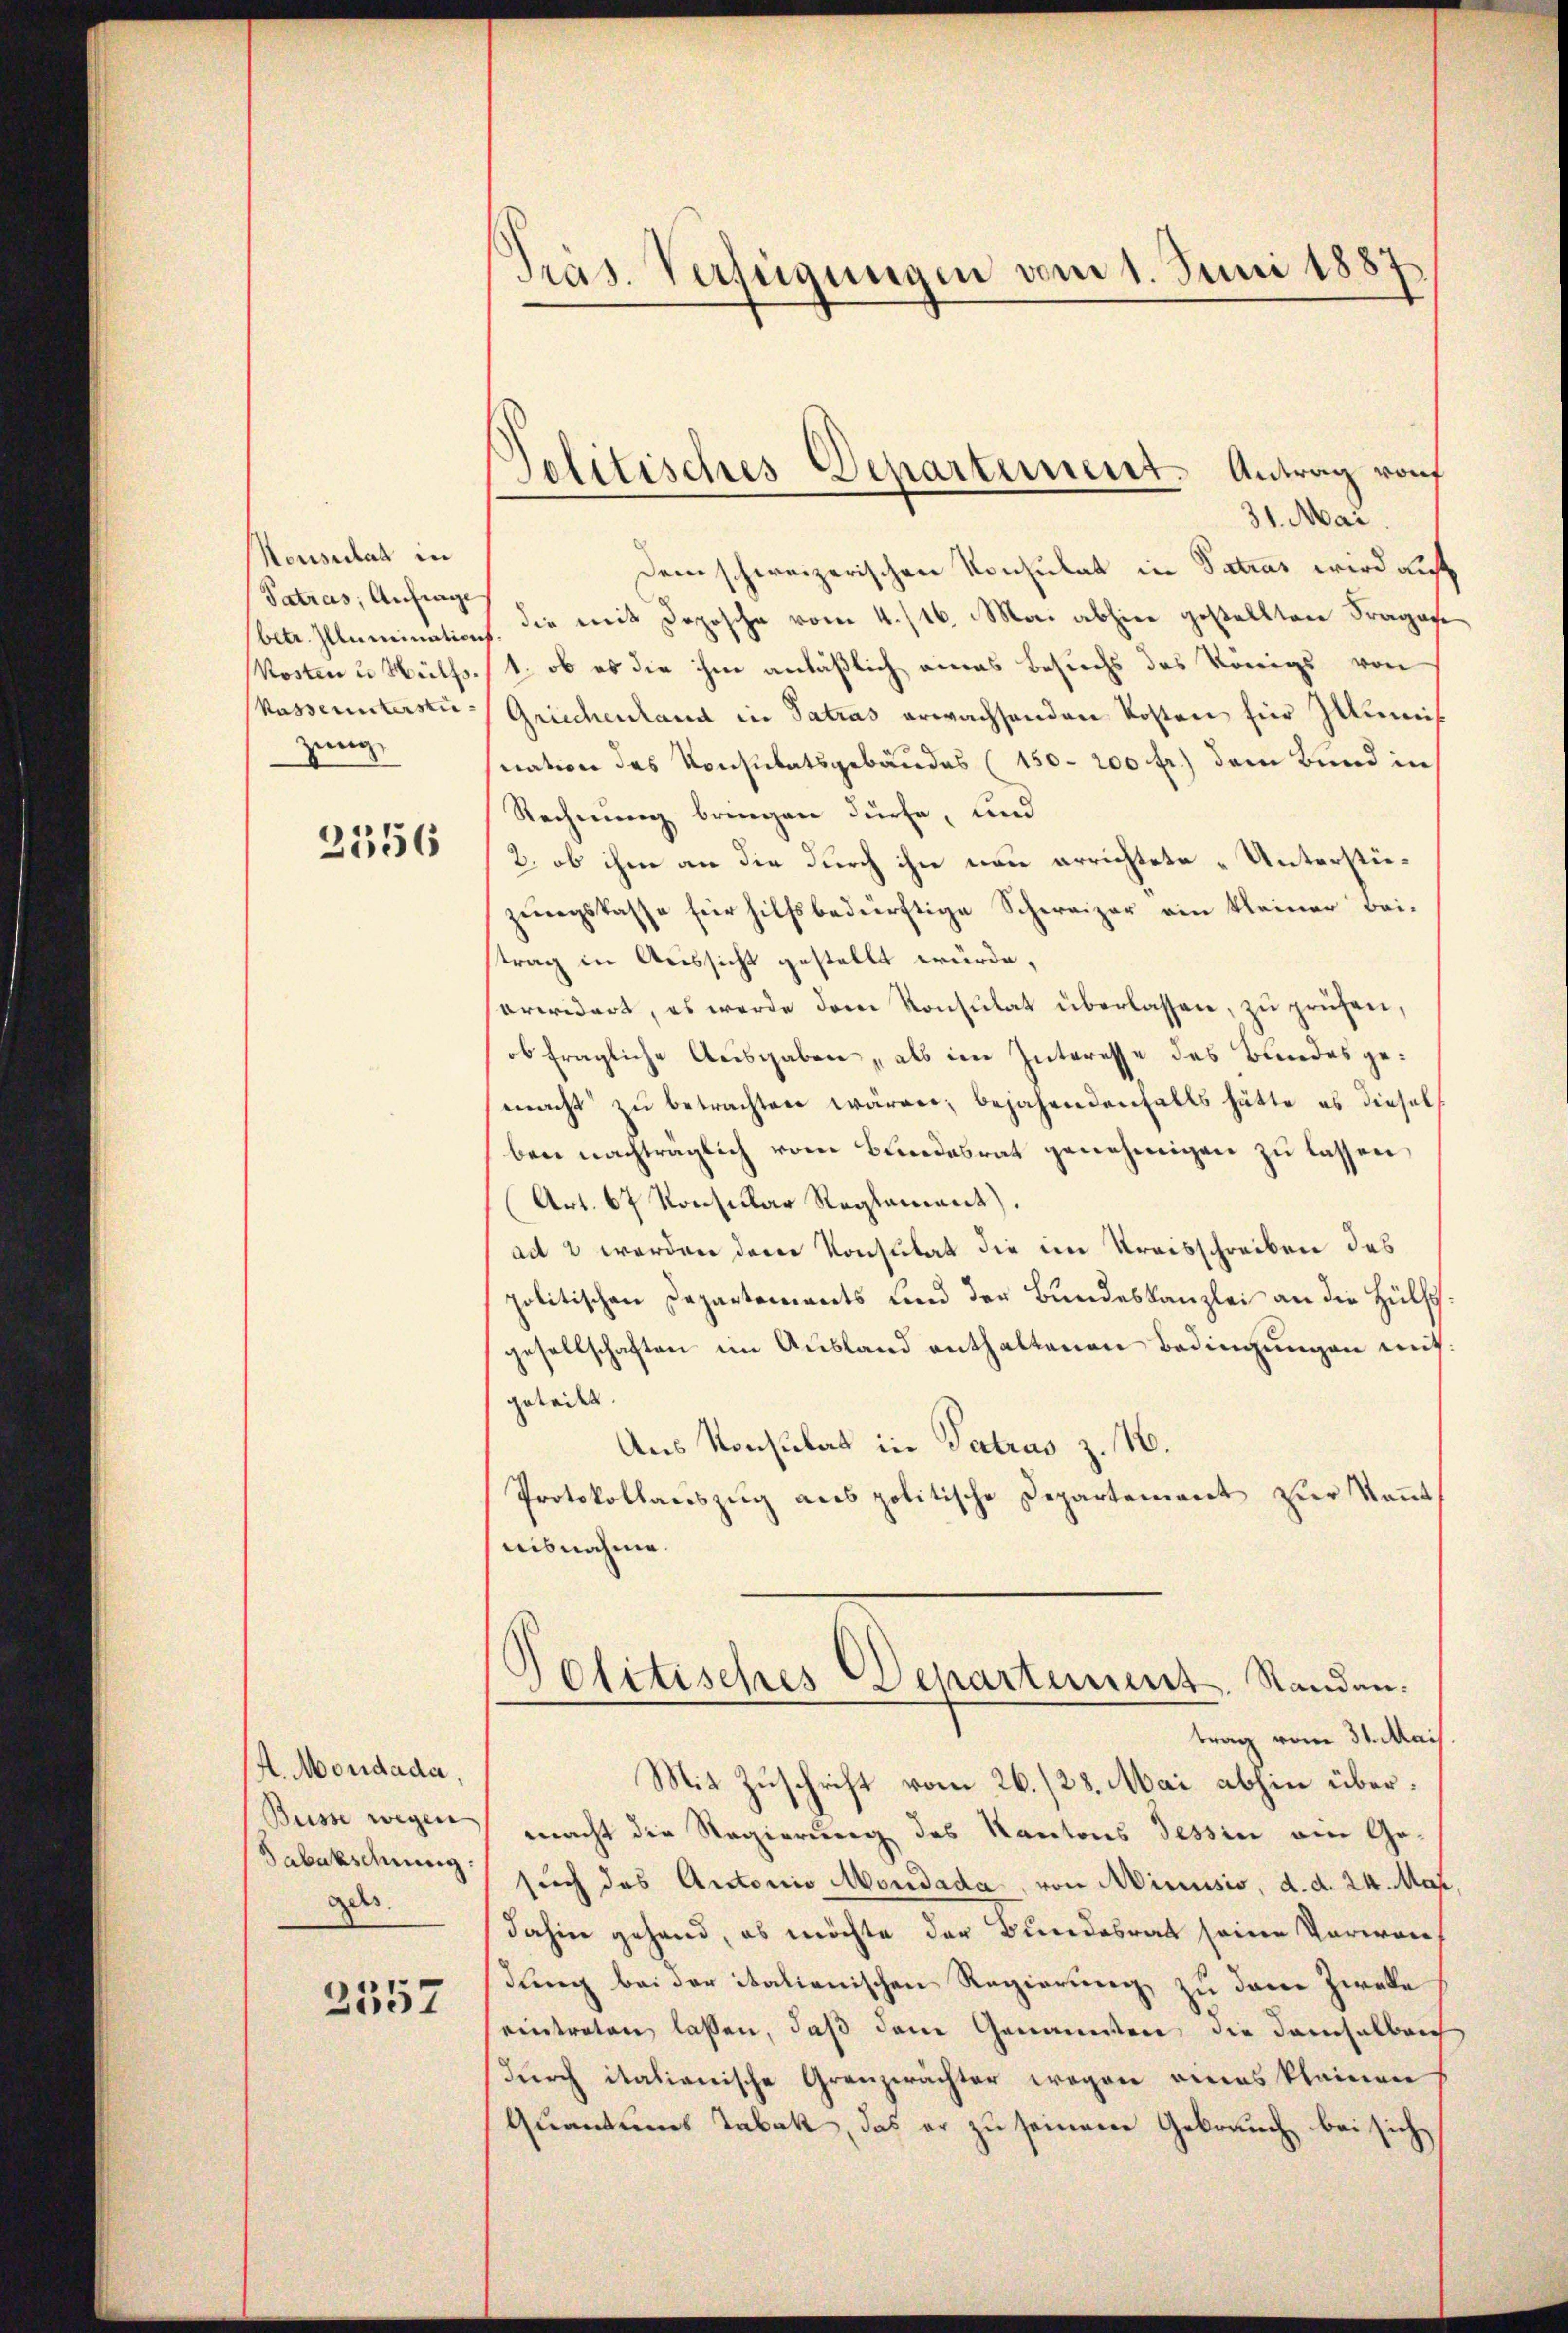
Nonsulat in
Patros, Anfrage
Kosten u Hülfs¬
Vasse unterstüzung

2556

. Mondada,
Büsse wegen
Tabakschnung:
gels

2557

Präs. Verfügungen vom 1. Juni 1887

31. Mai
Dem schweizerischen Konsulat in Vatias wird auf
betr. Illumination. Die mit Deposche vom 4./16. Mai abhin gestellten Fragase
1. ob es die ihm anläßlich eines Besuchs des Königs von
Grüchenland in Patras erwachsenden Kosten für Zumis
snation des Konsulatsgebäudes (150-200 fr.) dem Bund in
Rechnung bringen dürfe, und
2. ob ihm an die durch ihn neu errichtete „Unterstiezungskasse für hilfsbedürftige Schweizer ein kleiner Bei-
strag in Aussicht gestellt würde.
erwidert, es werde dem Konsulat überlassen, zu prüfen,
ob fragliche Ausgaben, als im Interesse des Bundes gemacht zu betrachten wären; bejahendenfalls hätte es dieselben nachträglich vom Bundesrat genehmigen zu lassen,
(Art. 67 Konsular Reglement).
ad 2 werden der Konsulat die im Kreisschreiben des
politischen Departements und der Bundeskanzlei an die Hülfsgesellschaften im Ausland enthaltenen Bedingungen mit:
geteilt.
Aus Konsulat in Tatras z. B.
Protokollauszug aus politische Departement zur Kennt
nisnahme.
Politisches Departement, Standen.
trag vom 31. Mai
Mit Zuschrift vom 26./28. Mai abhin übermacht die Regierung des Kantons Tessin ein Gesuch des Antonio Mondada, von Minusio, d. d. 24. Mar
dahin gehand, es möchte der Bundesrat seine Verwandung bei der italienischen Regierung zu dene Zweke
eintreten lassen, daß dem Genannten, die demselben
durch italianische Gränzerächter wegen eines kleinen
Quantums Tabak, das er zu seinen Gebrauch bei sich,

Solitisches Departement. Antrag von